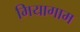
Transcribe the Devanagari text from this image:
मियागाम